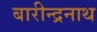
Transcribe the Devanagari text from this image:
बारीन्द्रनाथ